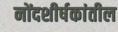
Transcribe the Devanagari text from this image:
नोंदशीर्षकांतील